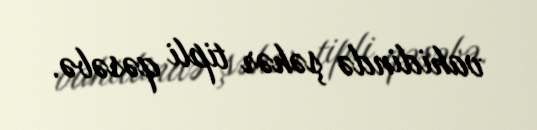
vahidində şəhər tipli qəsəbə.